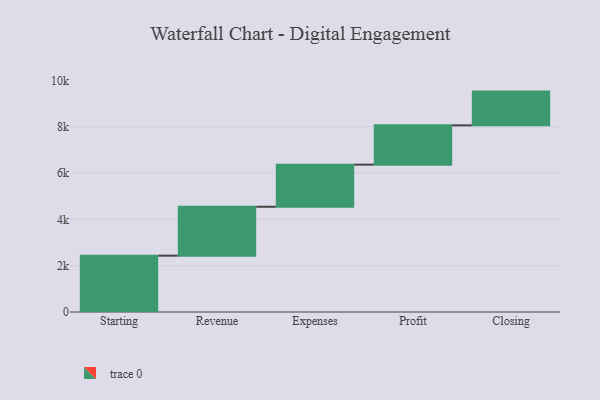
{"axis": {"x": "Step", "y": "Value"}, "legend": [""], "data": [{"x": "Starting", "y": 2432.0, "type": ""}, {"x": "Revenue", "y": 2112.0, "type": ""}, {"x": "Expenses", "y": 1818.0, "type": ""}, {"x": "Profit", "y": 1697.0, "type": ""}, {"x": "Closing", "y": 1457.0, "type": ""}]}